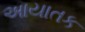
આયાતક